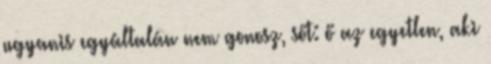
ugyanis egyáltalán nem gonosz, sőt: ő az egyetlen, aki